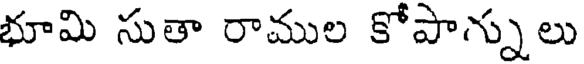
భూమి సుతా రాముల కోపాన్నులు